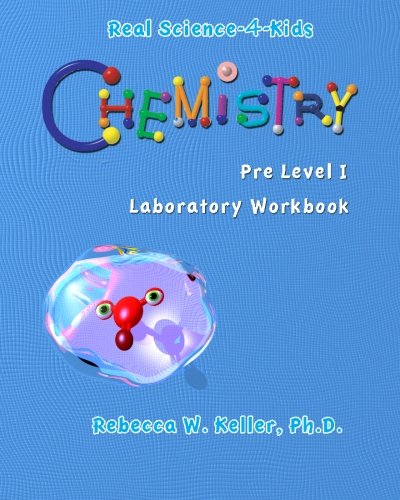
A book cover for Real Science-4-Kids Chemistry Pre-Level I Student Workbook; Rebecca W Keller Ph.D.; Children's Books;